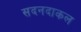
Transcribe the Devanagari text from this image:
सदनदाकल